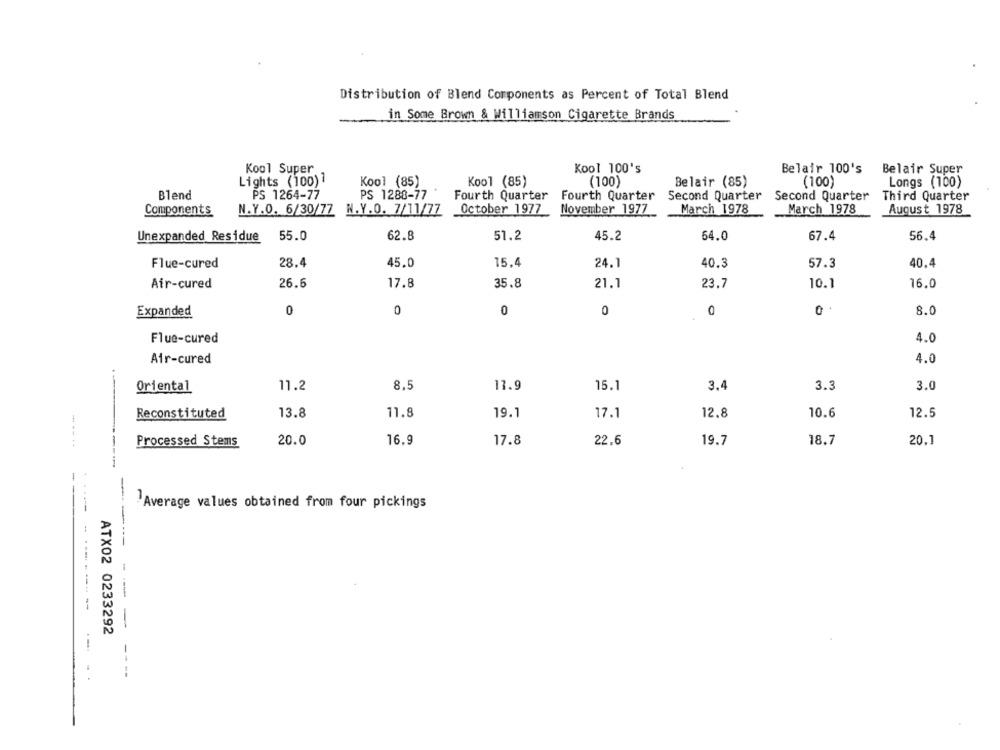
Distribution of Blend Components as Percent of Total Blend
in Some Brown & Williamson Cigarette Brands
Kool Super
Kool 100's
Belair 100's
Belair Super
Lights (100)
Kool (85)
Kool (85)
(100)
Belair (85)
(100)
Longs (100)
Blend
PS 1288-77
Fourth Quarter
Fourth Quarter
PS 1264-77
Second Quarter Second Quarter
Third Quarter
N.Y.O. 6/30/77 N.Y.O. 7/11/77
October 1977
November 1977
March 1978
March 1978
August 1978
Components
Unexpanded Residue
55.0
62.8
51.2
45.2
64.0
67.4
56.4
28.4
45.0
15.4
40.3
40.4
Flue-cured
24.1
57.3
Air-cured
26.6
17.8
35.8
21.1
23.7
10.1
16.0
Expanded
0
0
0
0
0
8.0
Flue-cured
4.0
Air-cured
4.0
Oriental
11.2
8,5
13.9
15.1
3.
3.3
3.0
Reconstituted
13.8
11.8
19.1
17.1
12.8
10.6
12.5
20.0
16.9
17.8
22.6
19.7
18.7
20.1
--- --
Processed Stems
Average values obtained from four pickings
-
---- --- -
ATX02 0233292
- -
--
----